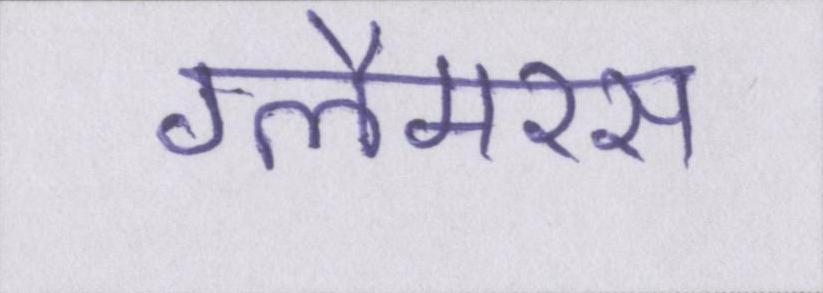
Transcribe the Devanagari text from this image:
ग्लैमरस